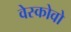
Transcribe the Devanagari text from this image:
वेस्कोवो